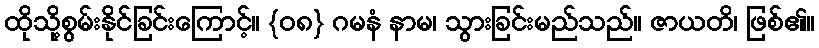
ထိုသို့စွမ်းနိုင်ခြင်းကြောင့်။ {၀၈} ဂမနံ နာမ၊ သွားခြင်းမည်သည်။ ဇာယတိ၊ ဖြစ်၏။